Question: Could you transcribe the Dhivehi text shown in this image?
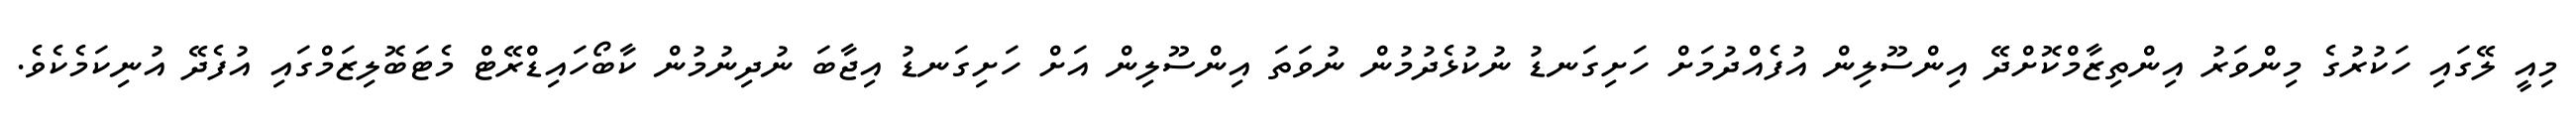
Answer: މިއީ ލޭގައި ހަކުރުގެ މިންވަރު އިންތިޒާމްކޮށްދޭ އިންސޫލިން އުފެއްދުމަށް ހަށިގަނޑު ނުކުޅެދުމުން ނުވަތަ އިންސޫލިން އަށް ހަށިގަނޑު އިޖާބަ ނުދިނުމުން ކާބޯހައިޑްރޭޓް މެޓަބޮލިޒަމްގައި އުފެދޭ އުނިކަމެކެވެ.